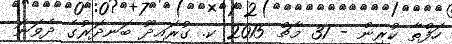
ހަފްތާ ކުރިން - 31 މާޗް 2015 ކ. ގުރައިދޫ ބަނދަރުގެ ދެވަނަ